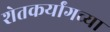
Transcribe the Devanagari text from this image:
शेतकर्यांगच्या